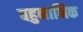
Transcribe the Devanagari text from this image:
बहुनाभिक